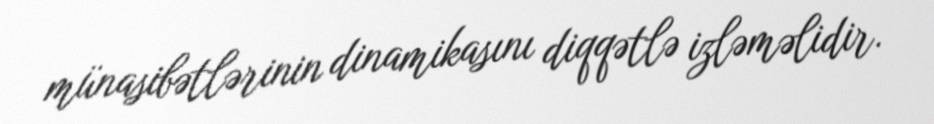
münasibətlərinin dinamikasını diqqətlə izləməlidir.